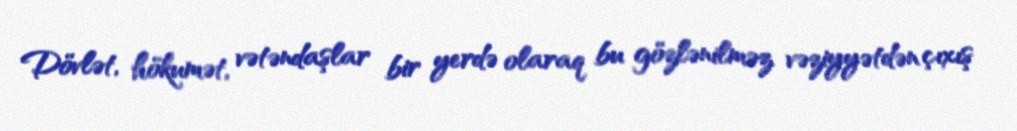
Dövlət, hökumət, vətəndaşlar bir yerdə olaraq bu gözlənilməz vəziyyətdən çıxış